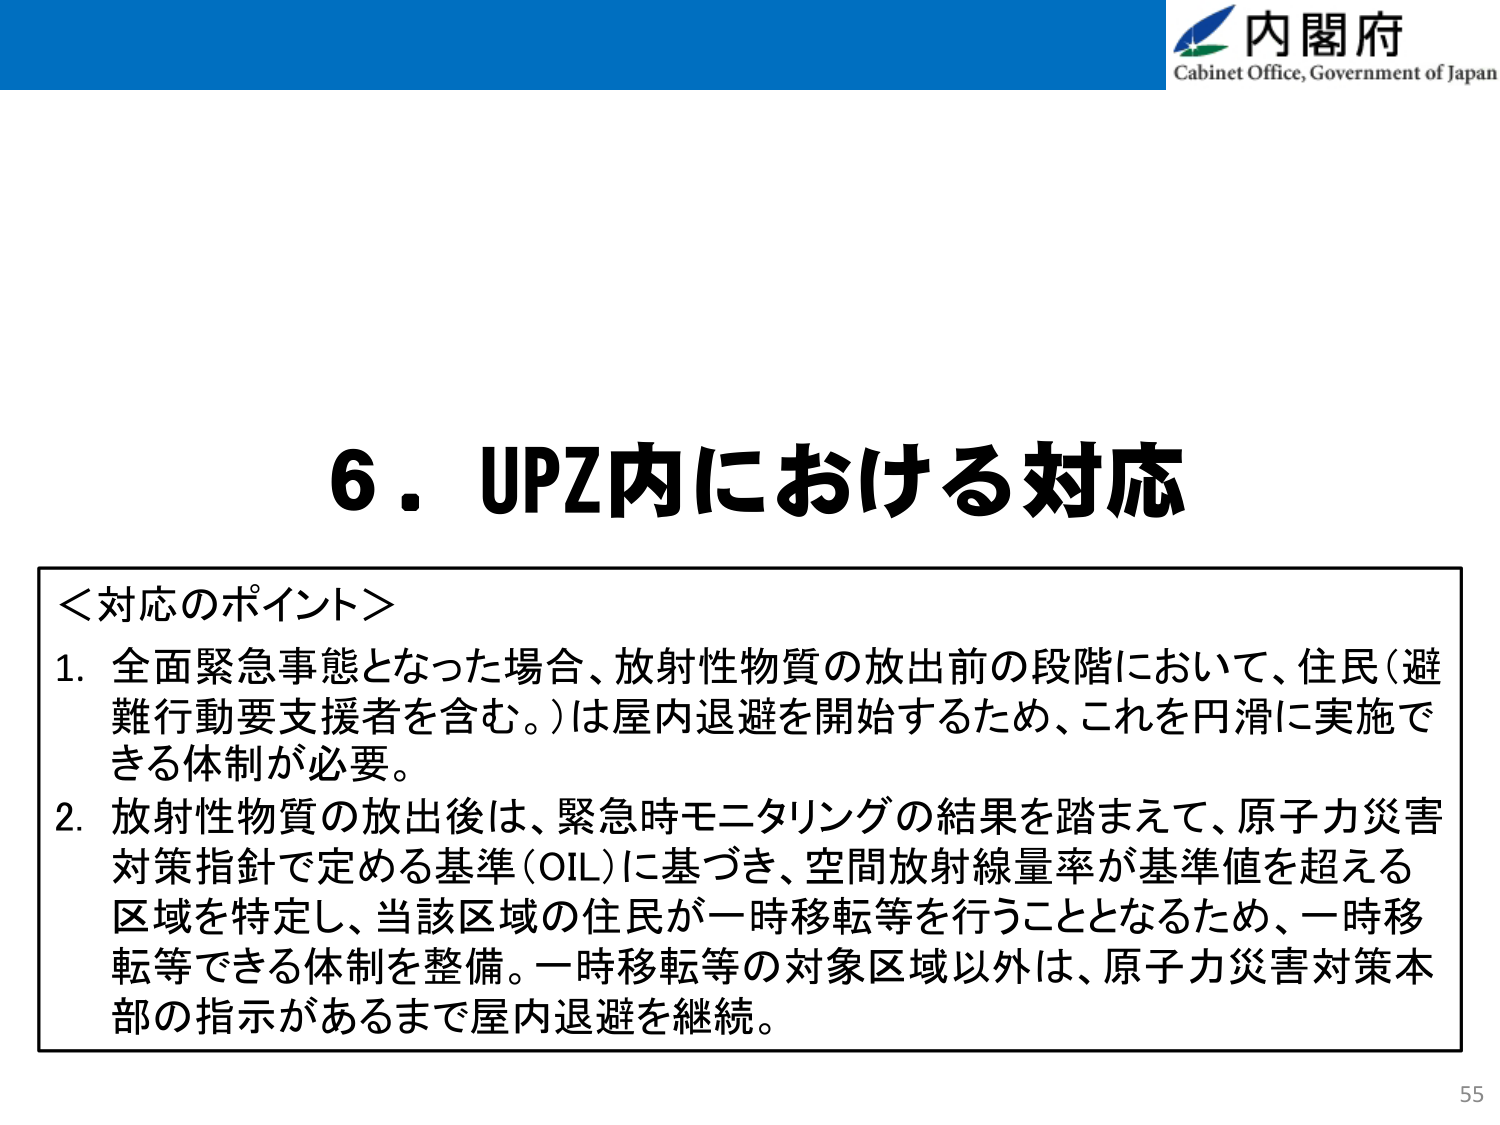
内閣府
Cabinet Office, Government of Japan

6．UPZ内における対応

＜対応のポイント＞
1．全面緊急事態となった場合、放射性物質の放出前の段階において、住民（避難行動要支援者を含む。）は屋内退避を開始するため、これを円滑に実施できる体制が必要。
2．放射性物質の放出後は、緊急時モニタリングの結果を踏まえて、原子力災害対策指針で定める基準（OIL）に基づき、空間放射線量率が基準値を超える区域を特定し、当該区域の住民が一時移転等を行うこととなるため、一時移転等できる体制を整備。一時移転等の対象区域以外は、原子力災害対策本部の指示があるまで屋内退避を継続。

55